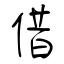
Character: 借